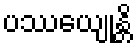
ပဿေယျုန္တိ